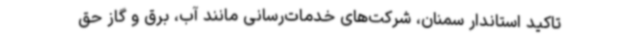
تاکید استاندار سمنان، شرکت‌های خدمات‌رسانی مانند آب، برق و گاز حق